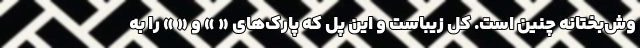
وش‌بختانه چنین است. کل زیباست و این پل که پارک‌های « » و « » را به